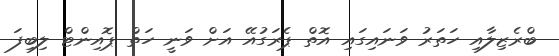
ބްރެޒިލާއި ހަތަރު ވަނައިގައި އޮތް ޕެރަގުއޭ އަށް ވަނީ ހަތް ޕޮއިންޓް ލިބިފަ